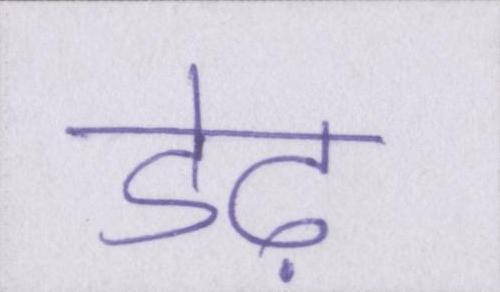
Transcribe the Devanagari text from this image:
डेढ़